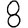
Digit: 8